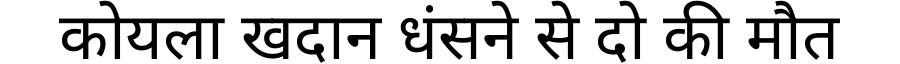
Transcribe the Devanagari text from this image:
कोयला खदान धंसने से दो की मौत